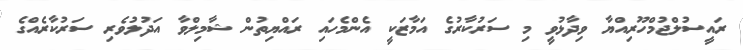
ރައީސުލްޖުމްހޫރިއްޔާ ވިދާޅުވީ މި ސަރުކާރުގެ އަމާޒަކީ އެންމެހައި ރައްޔިތުން ޝާމިލްވާ އަދުލުވެރި ސަރުކާރެއްގެ